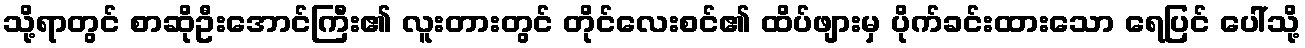
သို့ရာတွင် စာဆိုဦးအောင်ကြီး၏ လူးတားတွင် တိုင်လေးစင်၏ ထိပ်ဖျားမှ ပိုက်ခင်းထားသော ရေပြင် ပေါ်သို့